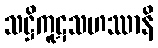
သဋ္ဌိကူဋသဟဿာနိ